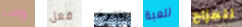
وقت فعل يغنون للعبة للمزاح